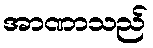
အာဏာသည်